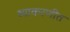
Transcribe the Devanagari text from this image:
व्याकरणीत